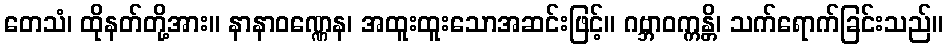
တေသံ၊ ထိုနတ်တို့အား။ နာနာဝဏ္ဏေန၊ အထူးထူးသောအဆင်းဖြင့်။ ဂဗ္ဘာဝက္ကန္တိ၊ သက်ရောက်ခြင်းသည်။